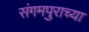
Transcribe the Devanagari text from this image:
संगमपुराच्या